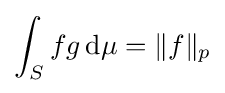
\int _{S}fg\,\mathrm {d} \mu =\|f\|_{p}